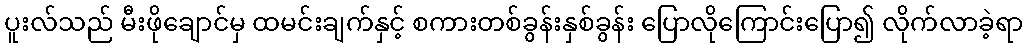
ပူးလ်သည် မီးဖိုချောင်မှ ထမင်းချက်နှင့် စကားတစ်ခွန်းနှစ်ခွန်း ပြောလိုကြောင်းပြော၍ လိုက်လာခဲ့ရာ